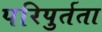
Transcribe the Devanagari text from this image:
परिपुर्तता